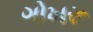
ગોખરૂ